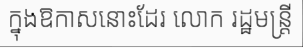
ក្នុងឱកាសនោះដែរ លោក រដ្ឋមន្ត្រី